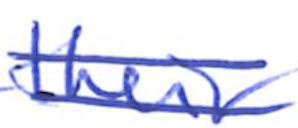
Text: their
Cross-out: double-line
Writing tool: ballpoint